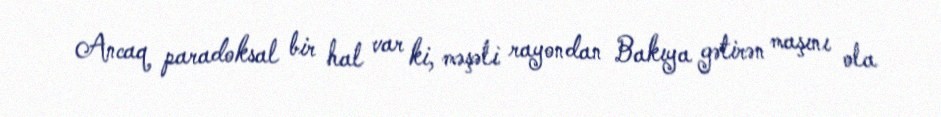
Ancaq paradoksal bir hal var ki, məşəli rayondan Bakıya gətirən maşını ola